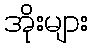
အိုးများ